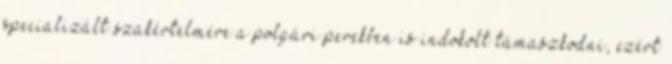
specializált szakértelmére a polgári perekben is indokolt támaszkodni, ezért